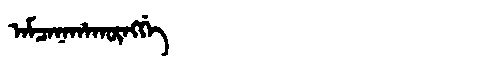
Manchu: ᠠᠮᠴᠠᠨᠠᡥᠠᡴᡡᠩᡤᡝ
Romanization: AMCANAHAKŪNGGE